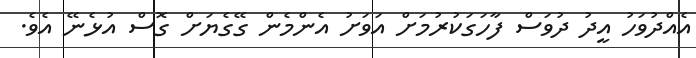
އެއްދުވަހު އީދު ދުވަސް ފާހަގަކުރުމަށް އަވަށު އެންމެން ގޭގެޔަށް ގޮސް އުޅެނޭ އެވެ.